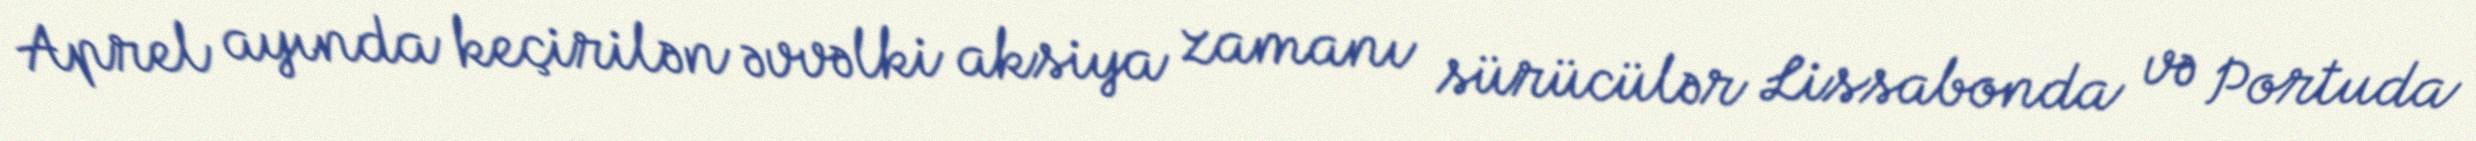
Aprel ayında keçirilən əvvəlki aksiya zamanı sürücülər Lissabonda və Portuda